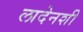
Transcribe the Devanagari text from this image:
लादेनशी